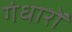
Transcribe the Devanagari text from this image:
गंधारों